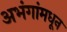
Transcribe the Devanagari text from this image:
अभंगांमधून